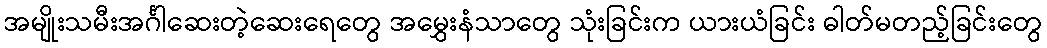
အမျိုးသမီးအင်္ဂါဆေးတဲ့ဆေးရေတွေ အမွှေးနံသာတွေ သုံးခြင်းက ယားယံခြင်း ဓါတ်မတည့်ခြင်းတွေ